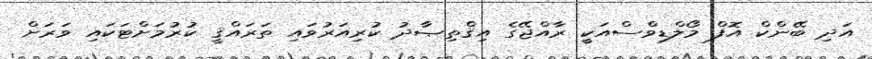
އަދި ބޭންކް އޮފް މޯލްޑިވްސްއަކީ ރާއްޖޭގެ އިޤްތިޞާދު ކުރިއަރުވައި ތަރައްޤީ ކުރުމަށްޓަކައި ވަރަށް